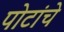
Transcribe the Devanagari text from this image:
पोटांचे